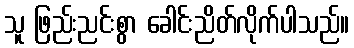
သူ ဖြည်းညင်းစွာ ခေါင်းညိတ်လိုက်ပါသည်။